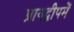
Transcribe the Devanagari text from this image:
प्रायद्वीपमें